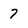
Character: 7